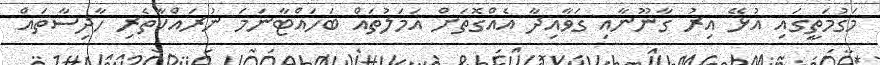
މަގުމަތީގައި އުޅޭ އިރު ގާނޫނާއި ގަވާއިދާ އެއްގޮތަށް އަމަލުތައް ބަހައްޓާނަމަ ނުރައްކާތެރި ހާދިސާތައް